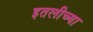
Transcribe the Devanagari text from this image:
इतलीच्या